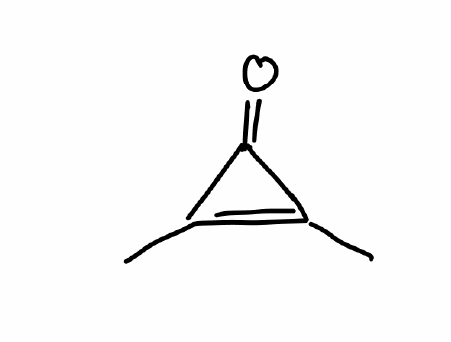
Simplified molecular-input line-entry system (SMILES) notation of the given molecule:
CC1=C(C1=O)C